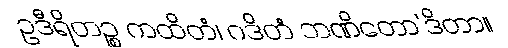
ဥဒီရိတဉ္စ ကထိတံ၊ ဂဒိတံ ဘဏိတော’ဒိတာ။